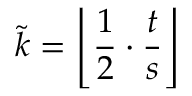
\tilde { k } = \left\lfloor \frac { 1 } { 2 } \cdot \frac { t } { s } \right\rfloor